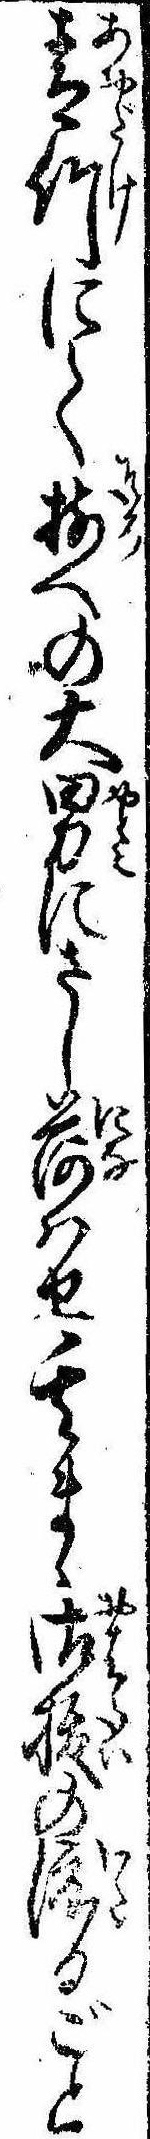
青竹にて揃への大男にさし荷はせ其まゝ御秡の渡るごと